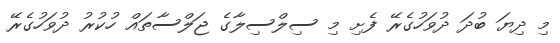
މި ދިޔަ ބުދަ ދުވަހުގެރޭ ފެށި މި ސިލްސިލާގެ ޖަލްސާތައް ހުކުރު ދުވަހުގެރޭ